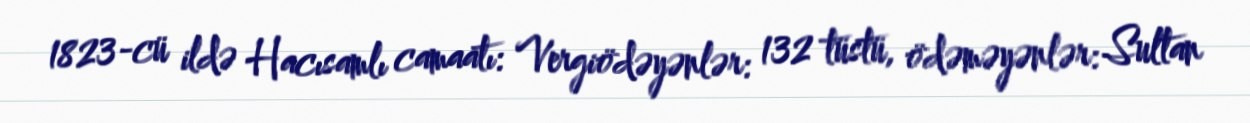
1823-cü ildə Hacısamlı camaatı: Vergiödəyənlər: 132 tüstü, ödəməyənlər: Sultan